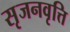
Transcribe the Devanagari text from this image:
सृजनवृत्ति